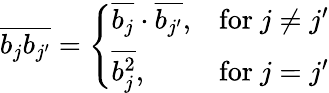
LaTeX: \begin{array}{r}{\overline{{b_{j}b_{j^{\prime}}}}=\left\{ \begin{array}{ll}{\overline{{b_{j}}}\cdot\overline{{b_{j^{\prime}}}},}&{\mathrm{for}\ j\ne j^{\prime}}\\ {\overline{{b_{j}^{2}}},}&{\mathrm{for}\ j=j^{\prime}}\end{array}\right.}\end{array}